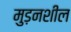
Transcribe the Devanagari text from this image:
मुड़नशील